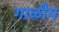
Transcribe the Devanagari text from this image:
गाळीय